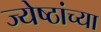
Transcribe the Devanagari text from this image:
ज्येष्ठांच्या